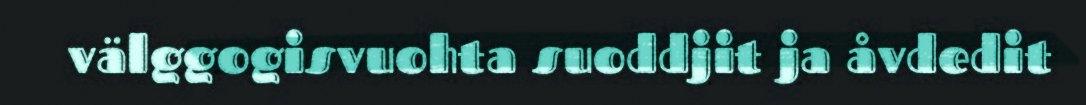
välggogisvuohta suoddjit ja åvdedit